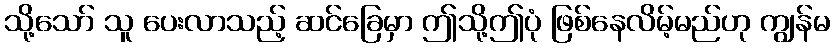
သို့သော် သူ ပေးလာသည့် ဆင်ခြေမှာ ဤသို့ဤပုံ ဖြစ်နေလိမ့်မည်ဟု ကျွန်မ